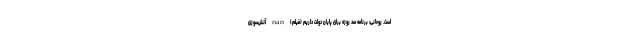
است. روحانی: برنامه صد روزه برای پایان دولت داریم (فیلم) nan آتش‌سوزی